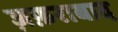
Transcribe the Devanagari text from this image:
ज़फ़राबाद